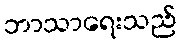
ဘာသာရေးသည်